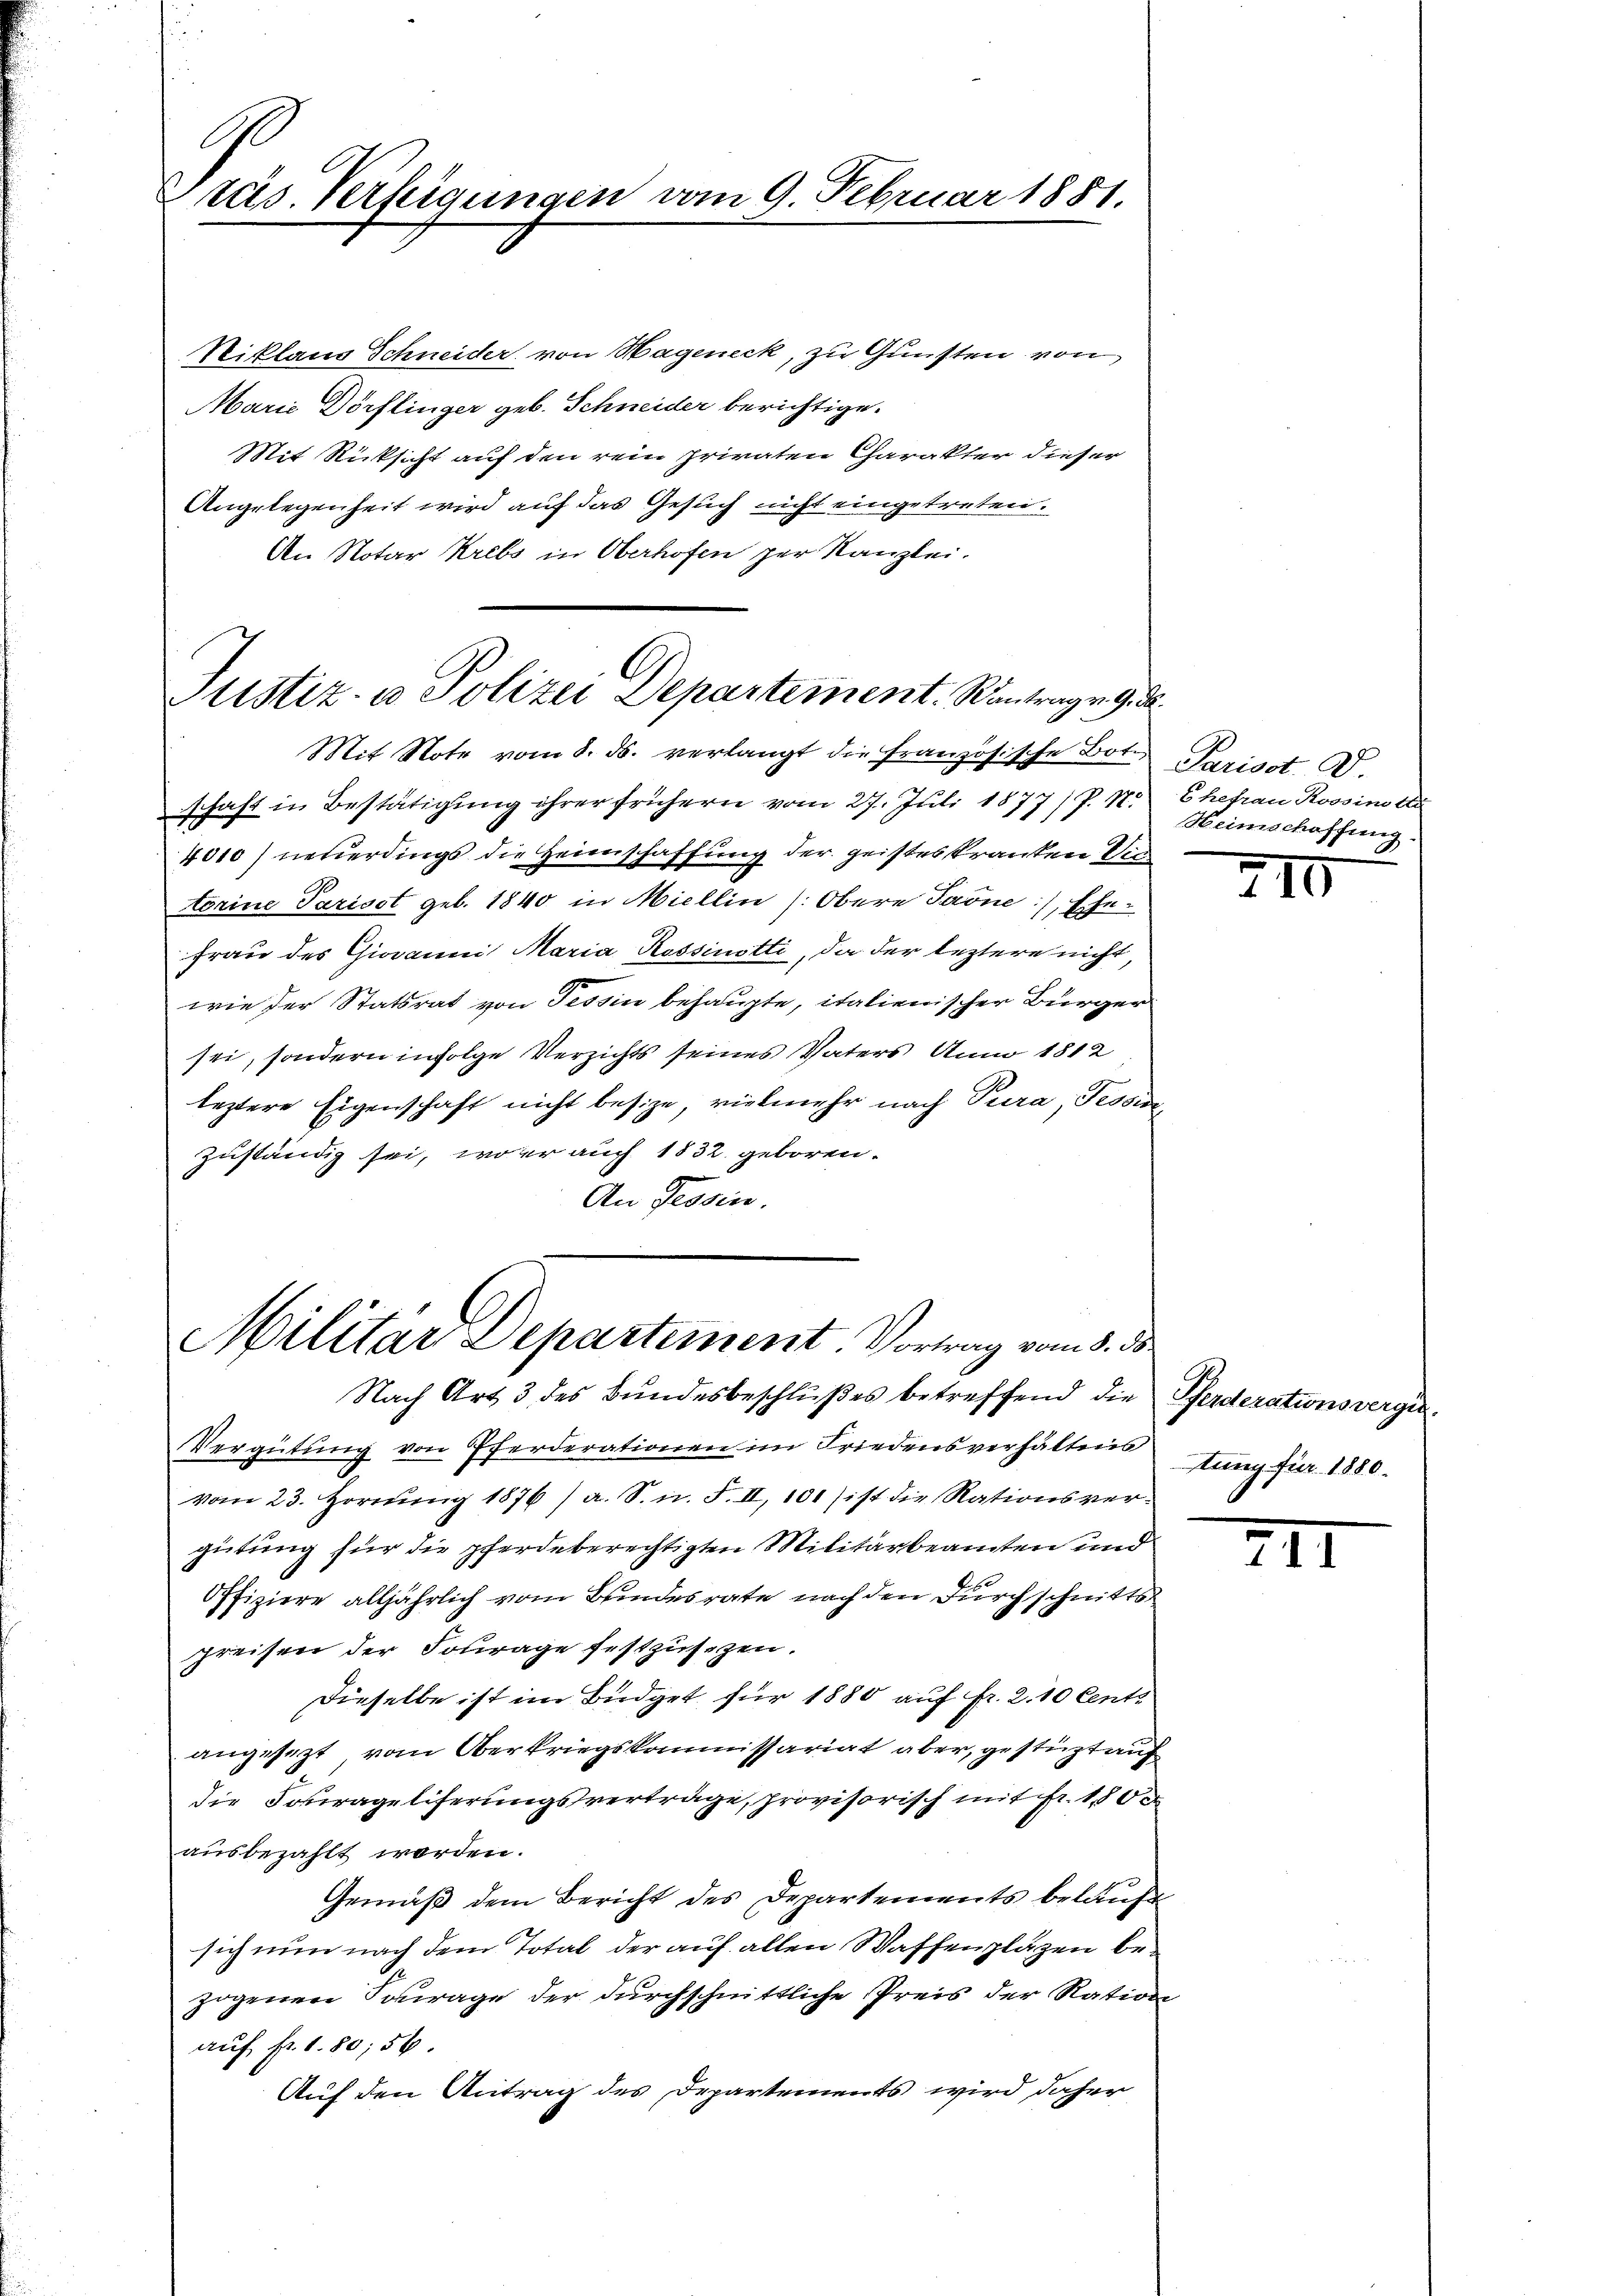
E
Präs. Verfügungen vom 9. Februar 1881.

Niklaus Schneider von Hageneck, zu Gunsten von
Marie Dörflinger geb. Schneider berichtige.
Mit Rücksicht auf den rein privaten Charakter dieser
Angelegenheit wird auf das Gesuch nicht eingetreten.
An Notar Krebs in Oberhofen zur Kanzlei.

Justiz- u Polizei Departement. Kantragen 9. d.
Mit Note vom 8. ds. verlangt die französische Bote Parisct D.

schaft in Bestätigung ihrer frühern vom 27. Juli 1877/ P. N. Ehefrau Rossino te
4010) neuerdings die Heimschaffung der geisteskranken die
torine Parisst geb. 1840 in Miellin (Obere Farne), Ehe¬
Frau des Giovanni Maria Rossinotti, da der leztere nicht,
wie der Statsrat von Tessin behaupte, italienischer Bürger
sei, sondern infolge Verzichts seines Vaters Anno 1812
leztere Eigenschaft nicht besize, vielmehr nach Pura, Tessin,
zuständig sei, wo er auch 1832. geboren.
An Tessin.

Militar Departement. Vortrag vom 8. ds

Heimschaffung.

Nach Art 3 des Bundesbeschlußes betreffend die Pferderationsvergie¬
Vergütŭng von Pferderationen im Friedensverhältnis tŭng für 1880.
vom 23. Hornung 1876/ a. S. n. F. II, 101 ist die Rationsvergütung für die pferdeberechtigten Militärbeamten und
Offiziere alljährlich vom Bundesrate nach den durchschnitts
preisen der Fourage festzusetzen.
Dieselbe ist im Büdget für 1880 auf fr. 2. 10 Cents
angesezt vom Oberkriegskommissariat aber, gestüzt auf
die Fourageliterungsverträge, provisorisch mit Fr. 1800
ausbezahlt worden.
Gemäß dem Bericht des Departements belaufe
sich nun nach dem Total der auf allen Waffenplägen bezogenen Fourage der durchschnittliche Preis der Ration
auf fr. 180;56.
Auf den Antrag des Departements wird daher

210

XII